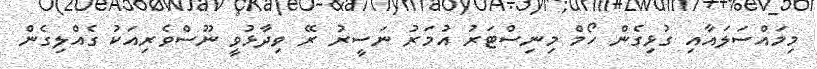
މިމައްސަލައާއި ގުޅިގެން ހޯމް މިނިސްޓަރު އުމަރު ނަސީރު ރޭ ވިދާޅުވީ ނޫސްވެރިއަކު ގެއްލިގެން